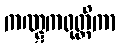
ကဏ္ဋကဝုတ္တိကာ